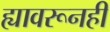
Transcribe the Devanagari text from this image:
ह्यावरूनही